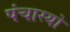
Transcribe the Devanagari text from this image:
पंचास्यो